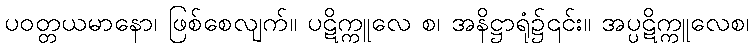
ပဝတ္တယမာနော၊ ဖြစ်စေလျက်။ ပဋိက္ကူလေ စ၊ အနိဋ္ဌာရုံ၌၎င်း။ အပ္ပဋိက္ကူလေစ၊